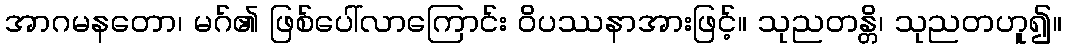
အာဂမနတော၊ မဂ်၏ ဖြစ်ပေါ်လာကြောင်း ဝိပဿနာအားဖြင့်။ သုညတန္တိ၊ သုညတဟူ၍။